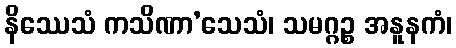
နိဿေသံ ကသိဏာ’သေသံ၊ သမဂ္ဂဉ္စ အနူနကံ၊